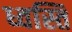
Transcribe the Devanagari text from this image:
ध्वस्ति